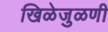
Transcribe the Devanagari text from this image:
खिळेजुळणी